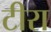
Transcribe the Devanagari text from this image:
टीरा